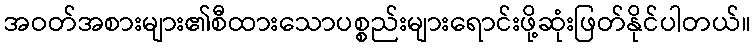
အဝတ်အစားများ၏စီထားသောပစ္စည်းများရောင်းဖို့ဆုံးဖြတ်နိုင်ပါတယ်။